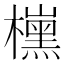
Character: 𣝙